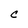
Character: C